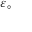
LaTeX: \scriptstyle { \varepsilon _ { \circ } }